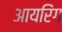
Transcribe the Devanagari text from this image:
आयरिंग